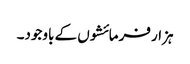
ہزار فرمائشوں کے باوجود۔